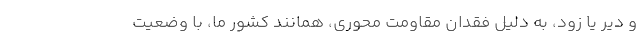
و دیر یا زود، به دلیل فقدان مقاومت محوری، همانند کشور ما، با وضعیت